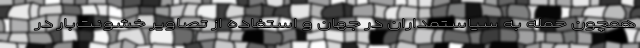
همچون حمله به سیاستمداران در جهان و استفاده از تصاویر خشونت‌بار در